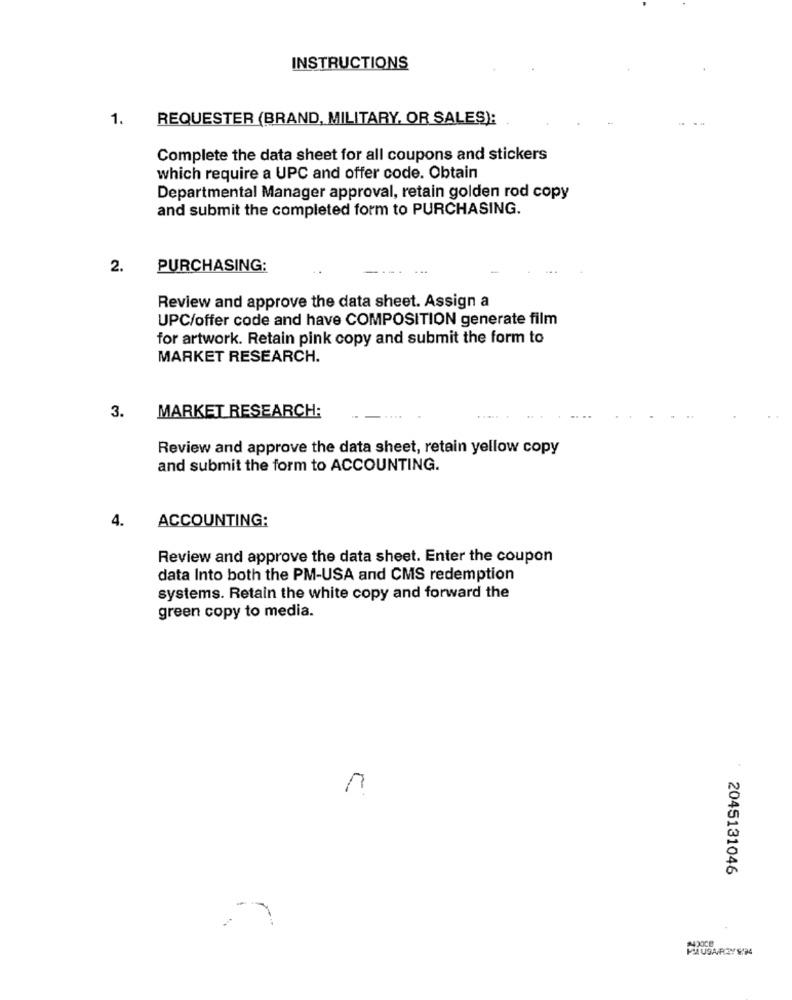
INSTRUCTIONS
1.
REQUESTER (BRAND, MILITARY, OR SALES):
Complete the data sheet for all coupons and stickers
which require a UPC and offer code. Obtain
Departmental Manager approval, retain golden rod copy
and submit the completed form to PURCHASING.
2.
PURCHASING:
Review and approve the data sheet. Assign a
UPC/offer code and have COMPOSITION generate film
for artwork. Retain pink copy and submit the form to
MARKET RESEARCH.
MARKET RESEARCH:
3.
Review and approve the data sheet, retain yellow copy
and submit the form to ACCOUNTING.
4.
ACCOUNTING:
Review and approve the data sheet. Enter the coupon
data Into both the PM-USA and CMS redemption
systems. Retain the white copy and forward the
green copy to media.
2045131046